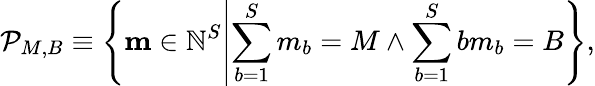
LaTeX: \mathcal{P}_{M,B}\equiv\left\{ \mathbf{m}\in\mathbb{N}^{S}\middle|\sum_{b=1}^{S}m_{b}=M\land\sum_{b=1}^{S}bm_{b}=B\right\} ,